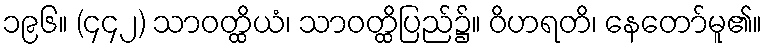
၁၉၆။ (၄၄၂) သာဝတ္ထိယံ၊ သာဝတ္ထိပြည်၌။ ဝိဟရတိ၊ နေတော်မူ၏။